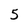
Character: 5